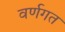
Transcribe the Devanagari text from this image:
वर्णगत